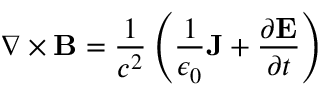
\nabla \times \mathbf { B } = { \frac { 1 } { c ^ { 2 } } } \left( { \frac { 1 } { \epsilon _ { 0 } } } \mathbf { J } + { \frac { \partial \mathbf { E } } { \partial t } } \right)